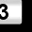
Digit: 3